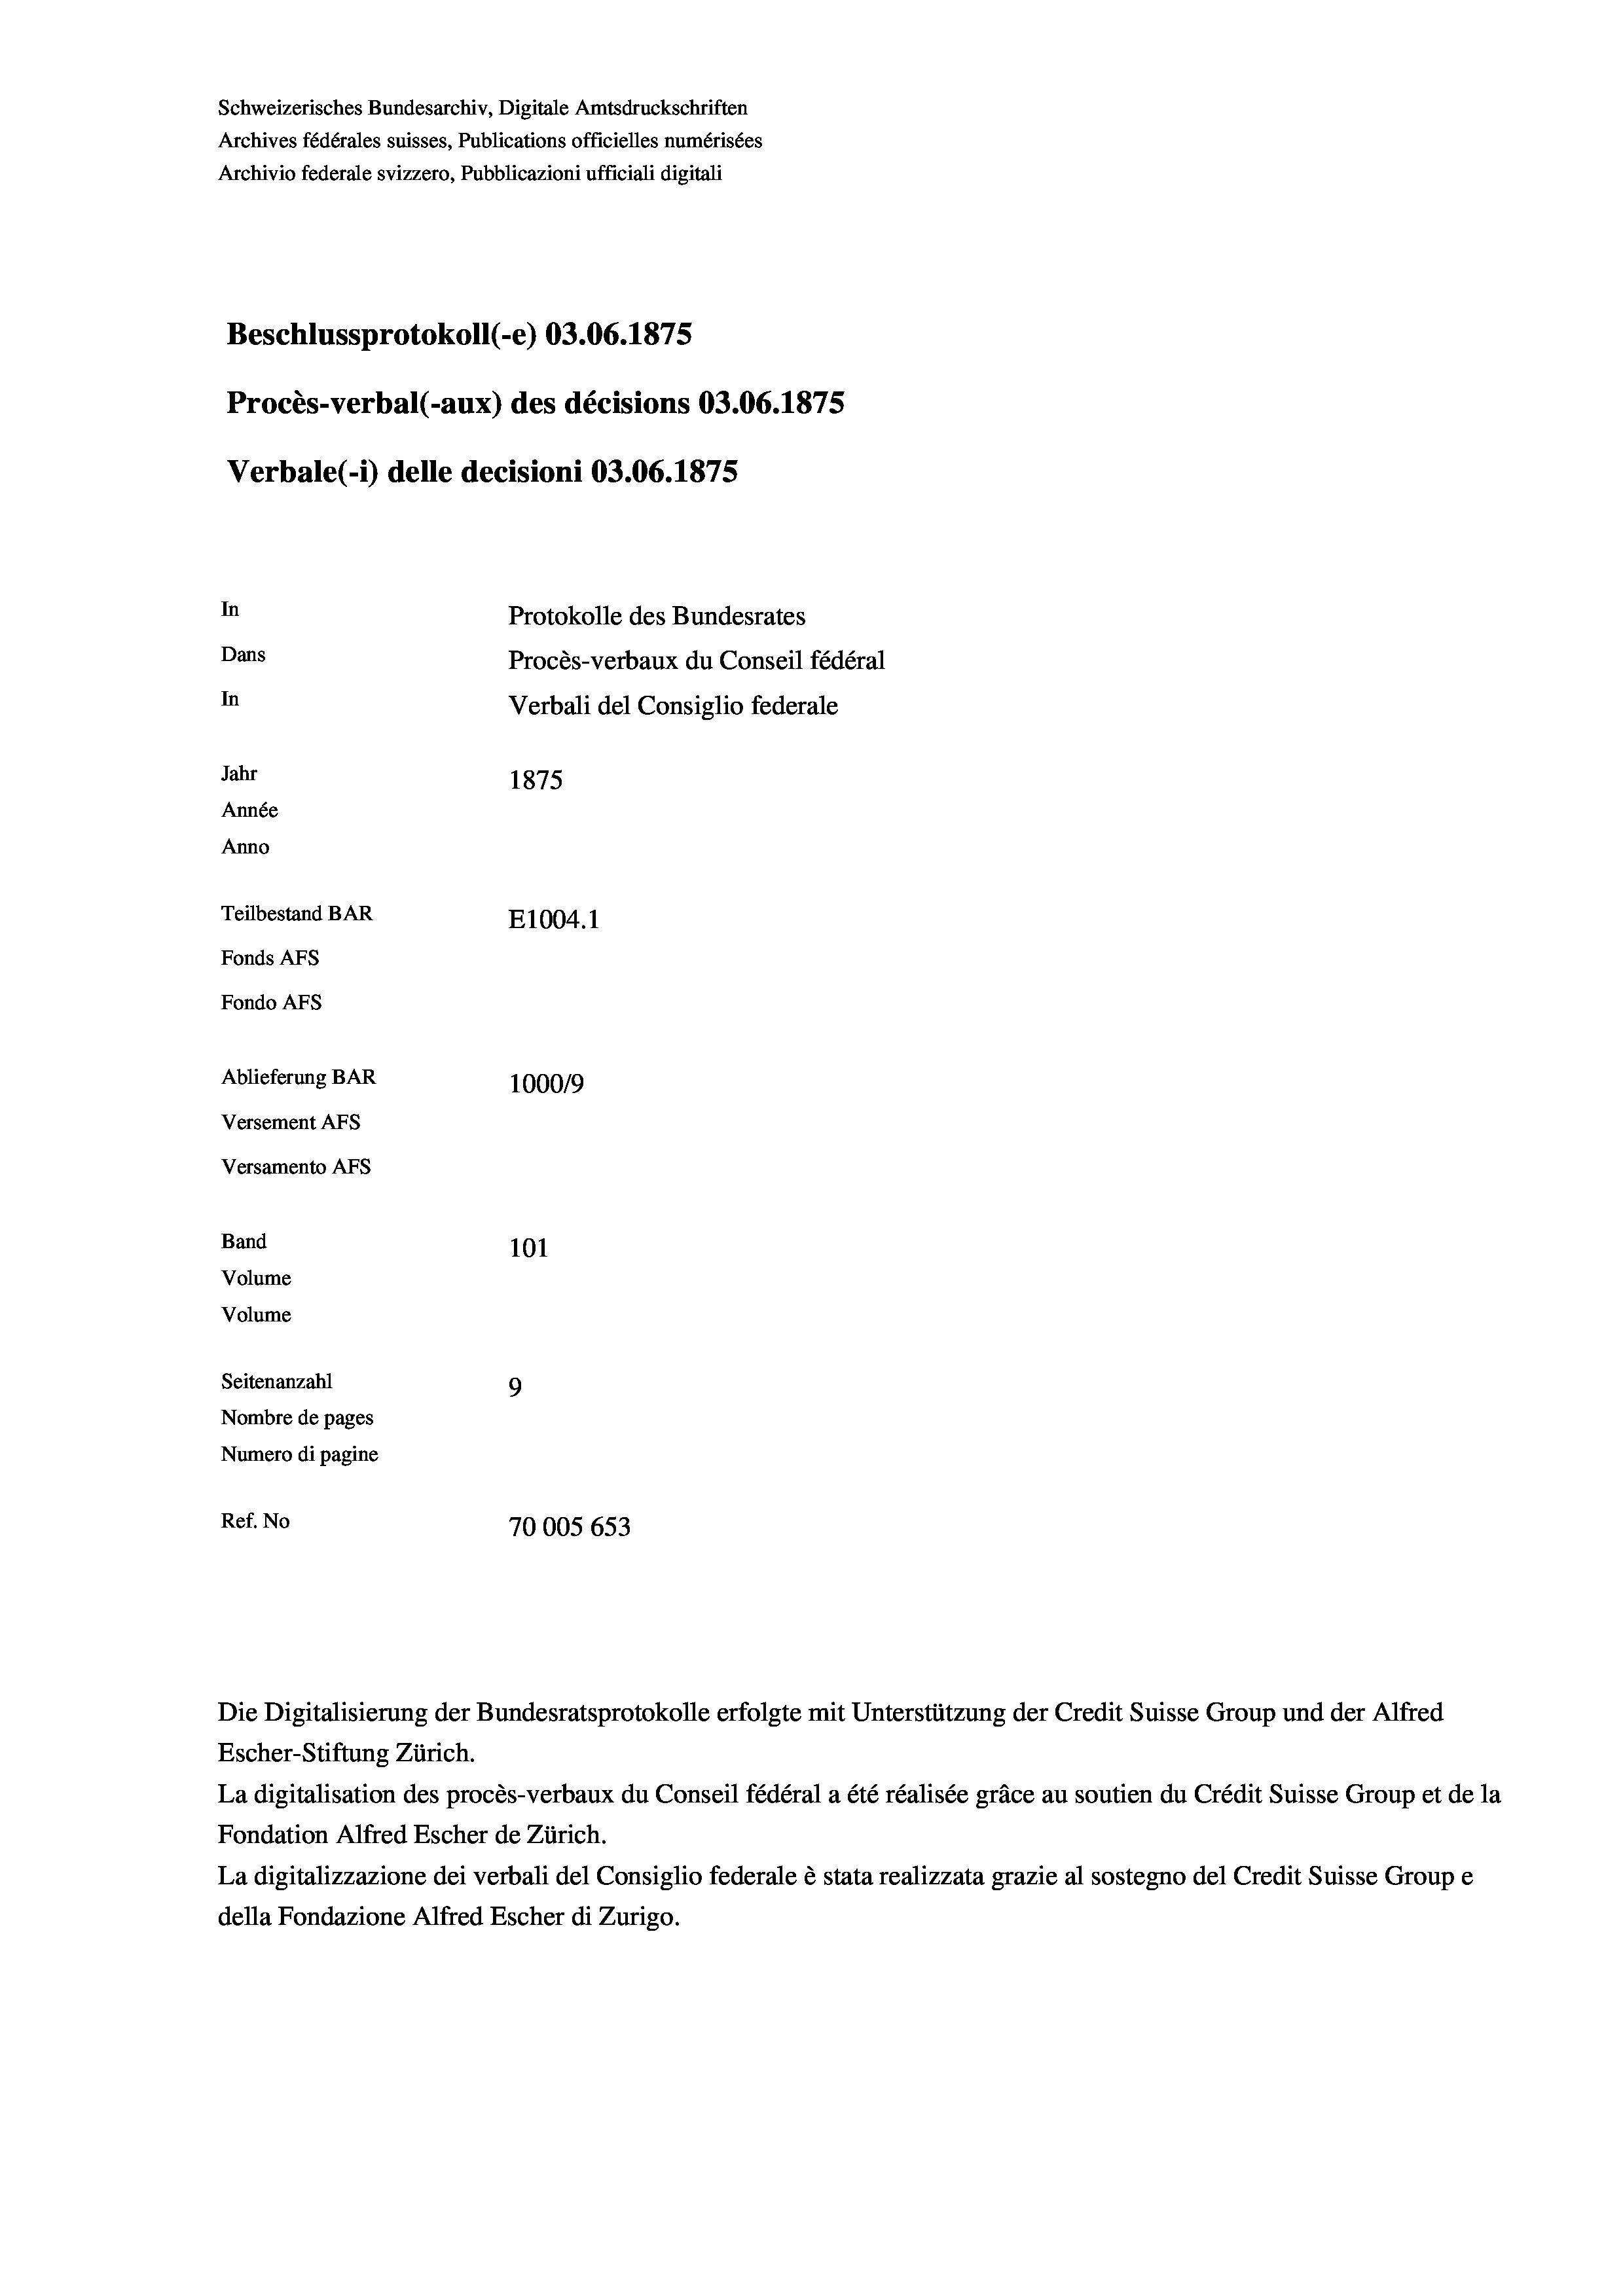
Schweizerisches Bundesarchiv, Digitale Amtsdruckschriften
Archives fédérales suisses, Publications officielles numérisées
Archivio federale svizzero, Pubblicazioni ufficiali digitali
Beschlussprotokoll (-e) 03.06. 1875
Procès-verbal (-aux) des décisions 03.06. 1875
Verbale (1) delle decisioni 03.06. 1875
In
Protokolle des Bundesrates
Dans
Procès-verbaux du Conseil fédéral
In
Verbali del Consiglio federale
Jahr
1875
Année
Anno
Teilbestand BAR
E1004. 1
Fonds AFs
Fondo AFS
Ablieferung BAR
100019
Versement Abs
Versamento Afs
Band
101
Volume
Volume

Seitenanzahl
9
Nombre de pages
Numero di pagine
Ref. No
70005 653

Die Digitalisierung der Bundesratsprotokolle erfolgte mit Unterstützung der Credit Suisse Group und der Alfred
Escher-Stiftung Zürich.
La digitalisation des procès-verbaux du Conseil fédéral a été réalisée gräce au soutien du Crédit Suisse Group et de la
Fondation Alfred Escher de Zürich.
La digitalizzazione dei verbali del Consiglio federale è stata realizzata grazie al sostegno del Credit Suisse Groupe
della Fondazione Alfred Escher di Zurigo.